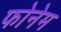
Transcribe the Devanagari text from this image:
फोनेम